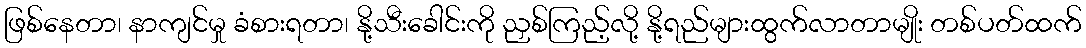
ဖြစ်နေတာ၊ နာကျင်မှု ခံစားရတာ၊ နို့သီးခေါင်းကို ညှစ်ကြည့်လို့ နို့ရည်များထွက်လာတာမျိုး တစ်ပတ်ထက်